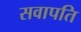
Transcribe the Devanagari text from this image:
सवापति